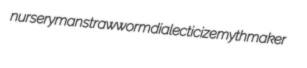
nurseryman strawworm dialecticize mythmaker